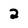
Character: 2